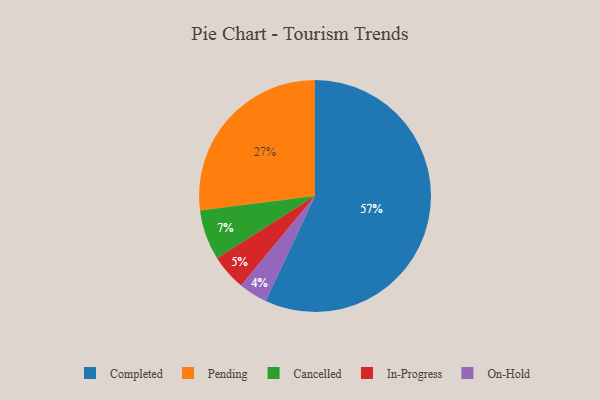
{"axis": {"x": "Category", "y": "Percentage"}, "legend": ["Cancelled", "Completed", "In-Progress", "On-Hold", "Pending"], "data": [{"x": "Cancelled", "y": 7, "type": "Cancelled"}, {"x": "Completed", "y": 57, "type": "Completed"}, {"x": "In-Progress", "y": 5, "type": "In-Progress"}, {"x": "Pending", "y": 27, "type": "Pending"}, {"x": "On-Hold", "y": 4, "type": "On-Hold"}]}